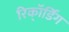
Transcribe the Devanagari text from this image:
रिकॉ्र्डिंग